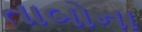
તાબોના